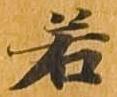
若